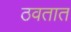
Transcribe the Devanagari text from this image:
ठवतात